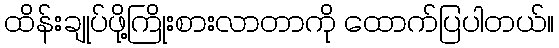
ထိန်းချုပ်ဖို့ကြိုးစားလာတာကို ထောက်ပြပါတယ်။